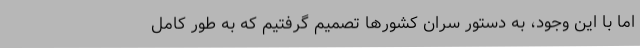
اما با این وجود، به دستور سران کشورها تصمیم گرفتیم که به طور کامل